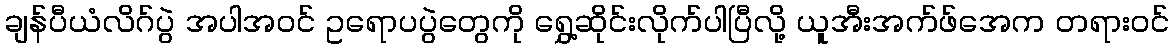
ချန်ပီယံလိဂ်ပွဲ အပါအဝင် ဥရောပပွဲတွေကို ရွှေ့ဆိုင်းလိုက်ပါပြီလို့ ယူအီးအက်ဖ်အေက တရားဝင်